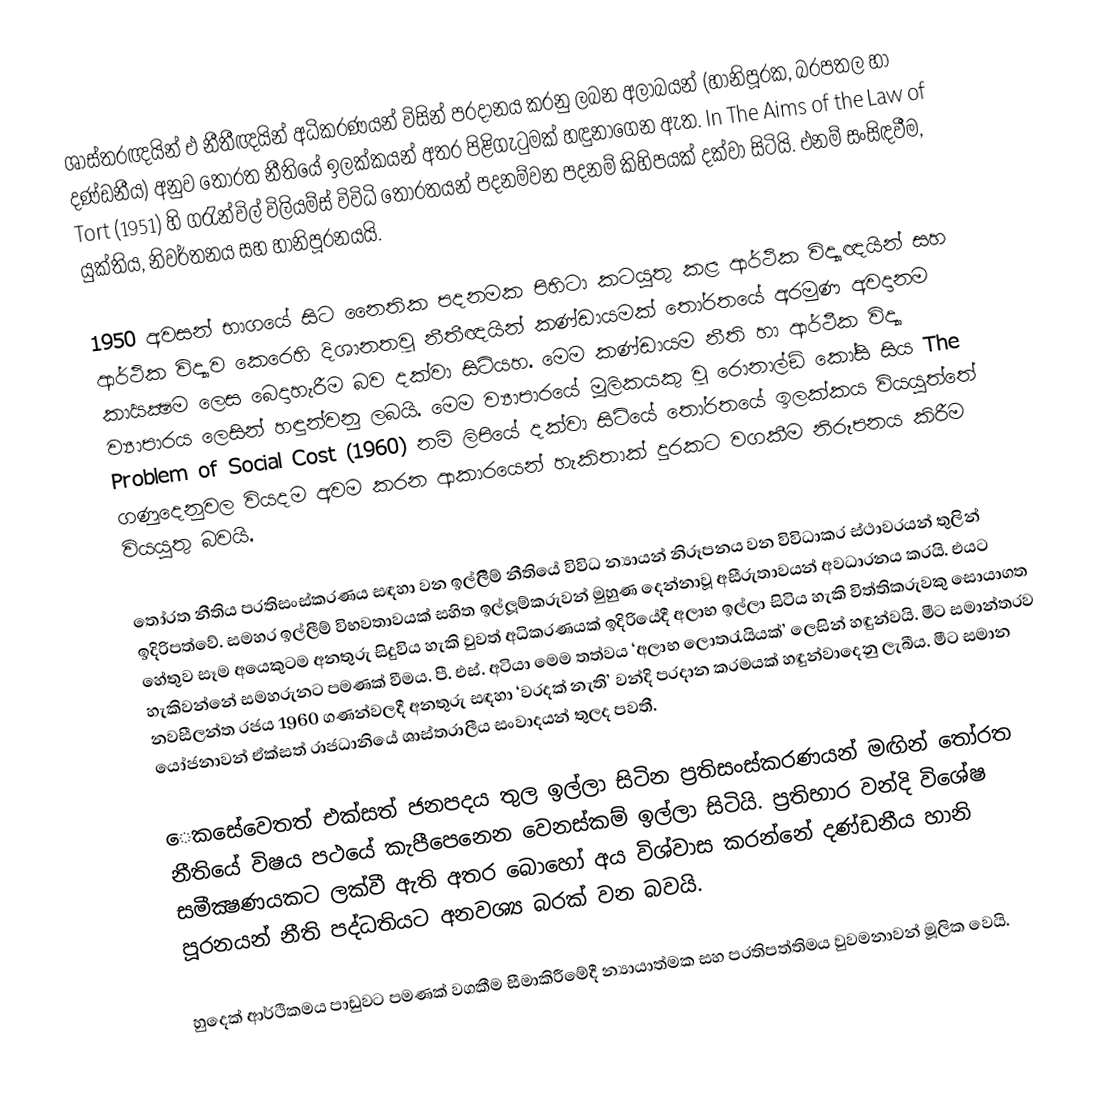
ශාස්ත‍්‍රඥයින් එ නීතීඥයින් අධිකරණයන් විසින් ප‍්‍රදානය කරනු ලබන අලාබයන් (හානිපූරක, බරපතල හා දණ්ඩනීය) අනුව තෝරත නීතියේ ඉලක්කයන් අතර පිළිගැටුමක් හඳුනාගෙන ඇත.  In The Aims of the Law of Tort (1951) හි ග‍්‍රැන්විල් විලියම්ස් විවිධි තෝරතයන් පදනම්වන පදනම් කිහිපයක් දක්වා සිටියි. එනම් සංසිඳවීම, යුක්තිය, නිවර්තනය සහ හානිපූරනයයි.

1950 අවසන් භාගයේ සිට නෛතික පදනමක පිහිටා කටයුතු කළ ආර්ථික විද්‍යාඥයින් සහ ආර්ථික විද්‍යාව කෙරෙහි දිශානතවූ නීතීඥයින් කණ්ඩායමක් තෝරතයේ අරමුණ අවදානම කාර්‍යක්‍ෂම ලෙස බෙදාහැරීම බව දක්වා සිටියහ. මෙම කණ්ඩායම නීති හා ආර්ථීක විද්‍යා ව්‍යාපාරය ලෙසින් හඳුන්වනු ලබයි. මෙම ව්‍යාපාරයේ මූලිකයකු වූ රොනාල්ඞ් කෝසි සිය The Problem of Social Cost (1960) නම් ලිපියේ දක්වා සිටියේ තෝරතයේ ඉලක්කය වියයුත්තේ ගණුදෙනුවල වියදම අවම කරන ආකාරයෙන් හැකිතාක් දුරකට වගකීම නිරූපනය කිරීම වියයුතු බවයි.

තෝරත නීතිය ප‍්‍රතිසංස්කරණය සඳහා වන ඉල්ලිීම් නීතියේ විවිධ න්‍යායන් නිරූපනය වන විවිධාකර ස්ථාවරයන් තුලින් ඉදිරිපත්වේ. සමහර ඉල්ලීම් විභවතාවයක් සහිත ඉල්ලූම්කරුවන් මුහුණ දෙන්නාවූ අසීරුතාවයන් අවධාරනය කරයි. එයට හේතුව සෑම අයෙකුටම අනතුරු සිදුවිය හැකි වුවත් අධිකරණයක් ඉදිරියේදී අලාභ ඉල්ලා සිටිය හැකි විත්තිකරුවකු සොයාගත හැකිවන්නේ සමහරුනට පමණක් වීමය. පී. එස්. අටියා මෙම තත්වය ‘අලාභ ලොතරැයියක්’ ලෙසින් හඳුන්වයි. මීට සමාන්තරව නවසීලන්ත රජය 1960 ගණන්වලදී අනතුරු සඳහා ‘වරදක් නැති’ වන්දි ප‍්‍රදාන ක‍්‍රමයක් හඳුන්වාදෙනු ලැබීය. මීට සමාන යෝජනාවන් ඒක්සත් රාජධානියේ ශාස්ත‍්‍රාලීය සංවාදයන් තුලද පවතී.

ෙකසේවෙතත් එක්සත් ජනපදය තුල ඉල්ලා සිටින ප‍්‍රතිසංස්කරණයන් මඟින් තෝරත නීතියේ විෂය පථයේ කැපීපෙනෙන වෙනස්කම් ඉල්ලා සිටියි. ප‍්‍රතිභාර වන්දි විශේෂ සමීක්‍ෂණයකට ලක්වී ඇති අතර බොහෝ අය විශ්වාස කරන්නේ දණ්ඩනීය හානි පූරනයන් නීති පද්ධතියට අනවශ්‍ය බරක් වන බවයි.

හුදෙක් ආර්ථිකමය පාඩුවට පමණක් වගකීම සීමාකිරීමේදී න්‍යායාත්මක සහ ප‍්‍රතිපත්තිමය වුවමනාවන් මූලික වෙයි.